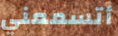
أتسمعني